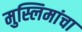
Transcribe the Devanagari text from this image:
मुस्लिमांचा